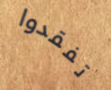
تفقدوا